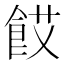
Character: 餀